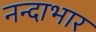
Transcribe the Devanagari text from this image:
नन्दाभार